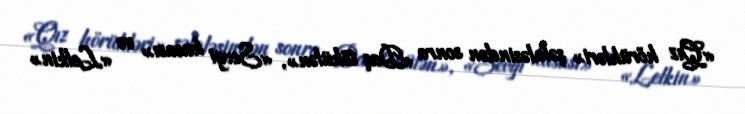
«Qız hörükləri» şəlaləsindən sonra «Daş tökülən», «Sevgi kasası» və «Lelkin»